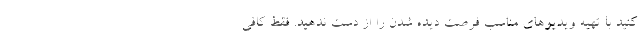
کنید با تهیه ویدیو‌های مناسب فرصت دیده شدن را از دست ندهید. فقط کافی